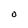
Character: O